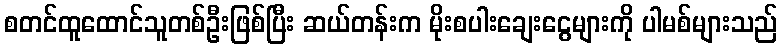
စတင်ထူထောင်သူတစ်ဦးဖြစ်ပြီး ဆယ်တန်းက မိုးစပါးချေးငွေများကို ပါမစ်များသည်